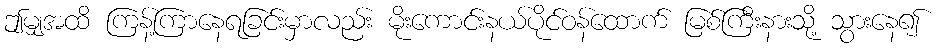
ဤမျှအထိ ကြန့်ကြာနေရခြင်းမှာလည်း မိုးကောင်းနယ်ပိုင်ဝန်ထောက် မြစ်ကြီးနားသို့ သွားနေ၍